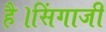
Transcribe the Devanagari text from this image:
है।सिंगाजी